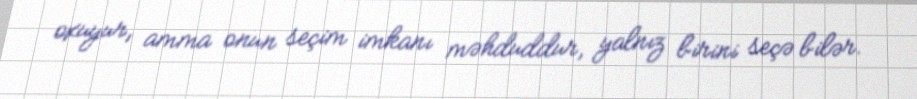
oxuyur, amma onun seçim imkanı məhduddur, yalnız birini seçə bilər.